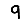
Digit: 9